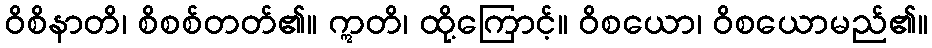
ဝိစိနာတိ၊ စိစစ်တတ်၏။ ဣတိ၊ ထို့ကြောင့်။ ဝိစယော၊ ဝိစယောမည်၏။